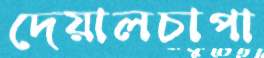
দেয়ালচাপা